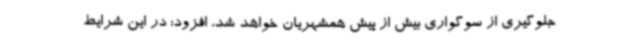
جلوگیری از سوگواری بیش از پیش همشهریان خواهد شد، افزود: در این شرایط